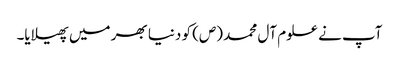
آپ نے علوم آل محمد (ص) کو دنیا بھر میں پھیلایا۔